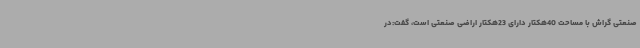
صنعتی گراش با مساحت 40هکتار دارای 23هکتار اراضی صنعتی است، گفت:در